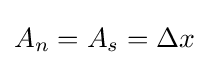
A_{n}=A_{s}=\Delta {}x